Vital statistics of India. Vol. IV, Annual returns from 1871 to 1876. British Army of India, Native Army and jails of Bengal
Year: 1871
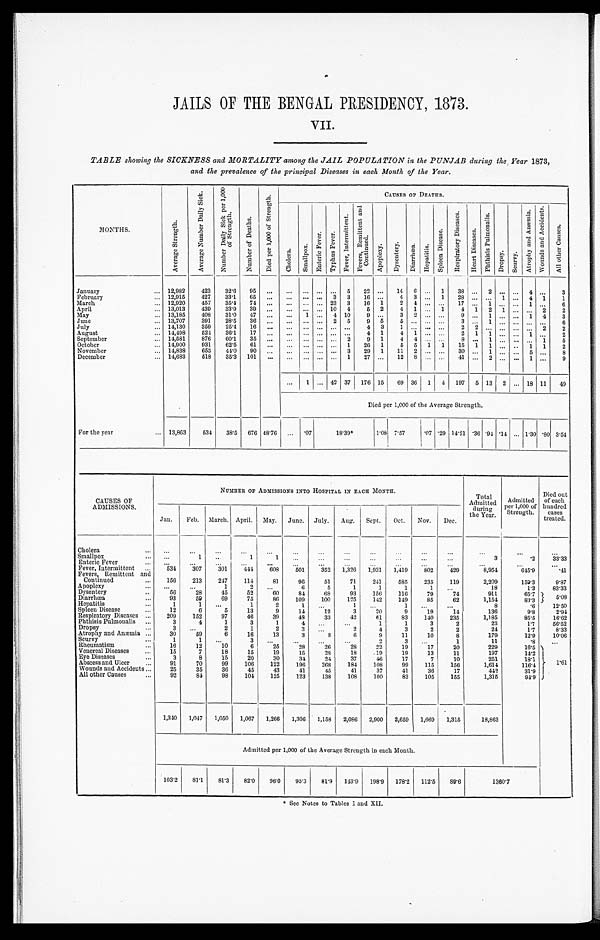
JAILS OF THE BENGAL PRESIDENCY, 1873.
VII.
TABLE showing the SICKNESS and MORTALITY among the JAIL POPULATION in the PUNJAB during the Year 1873,
and the prevalence of the principal Diseases in each Month of the Year.
MONTHS.
A v e r a g e S t r e n g t h .
A v e r a g e N u m b e r D a i l y S i c k .
N u m b e r D a i l y S i c k p e r 1 , 0 0 0 o f S t r e n g t h .
N u m b e r o f D e a t h s .
D i e d p e r 1 , 0 0 0 o f S t r e n g t h .
CAUSES OF DEATHS.
C h o l e r a .
S m a l l p o x .
E n t e r i c F e v e r . T y p h u s F e v e r .
F e v e r , I n t e r m i t t e n t .
F e v e r s , R e m i t t e n t a n d C o n t i n u e d .
A p o p l e x y .
D y s e n t e r y . D i a r r h œ a . H e p a t i t i s .
S p l e e n D i s e a s e . R e s p i r a t o r y D i s e a s e s .
H e a r t D i s e a s e s .
P h t h i s i s P u l m o n a l i s .
D r o p s y . S c u r v y .
A t r o p h y a n d A n æ m i a . W o u n d s a n d A c c i d e n t s .
A l l o t h e r C a u s e s .
January ...
12,982 423 32.6 95 . . . . . .
. . . . . . . . . 5 22 ... 14 6 . . . 1 38 . . . 2 . . . . . . 4 . . . 3
12,915 427 33.1 65 . . . . . .
. . . . . . 3 3 16 ... 4 3 . . . 1 28 . . . . . . 1 . . . 4 1 1
February ...
March ...
12,920 457 35.4 74 . . . . . .
. . . . . . 23 3 16 1 2 4 . . . . . . 17 . . . 1 . . . . . . 1 . . . 6
April ...
13,013 439 33.9 39 . . . . . .
. . . . . . 10 4
5 2 4 1 . . . 1 4 1 2 1 . . . . . . 2 2
May ...
13,185 408 31.0 47 . . . . . . 1 . . . 4 10 9 ... 3 2 . . . . . . 9 . . . 1 . . . . . . 1 4 3
June ...
13,707 391 28.5 36 . . . . . .
. . . . . . 2 5 9 5 5 . . . . . . . . .
3 . . . 1 . . . . . . . . . . . . 6
July ...
14,130 359 25.4 16 . . .
. . . . . . . . . . . . . . . 4 3
1 . . . . . . . . . 2 2 . . . . . . . . . . . . 2 2
August ...
14,498 524 36.1 17 . . . . . .
. . . . . . . . . . . . 4 1 4 1 . . . . . . 2 1 1 . . . . . . 1 . . . 2
14,581 876 60.1 35 . . . . . .
. . . . . . . . . 2 9 1 4 4
. . . . . . 8 . . . 1 . . . . . . . . . 1 5
September ...
14,900 931 62.5 61 . . . . . .
. . . . . . . . . 1 26 1 5 5 1 1 15 1 1 . . . . . . 1 1 2
October ...
November ...
14,838 653 44.0 90 . . . . . .
. . . . . . . . . 3 29 1 11 2 . . . . . . 30 . . . 1 . . . . . . 5 . . .
8
December ...
14,683 518 35.3 101 . . . . . .
. . . . . . . . . 1 27 ... 12 8 . . . . . . 41 . . . 2 . . . . . . 1 . . .
9
. . . 1 . . . 42 37 176 15 69 36 1 4 197 5 13 2 . . . 18 11 49
Died per 1,000 of the Average Strength.
For the year ...
13,863 534 38.5 676 48.76 . . . .07
1 8 . 3 9 *
1.08 7.57
.07 .29 14.21 .36 .94 .14 . . . 1.30 .80 3. 54
CAUSES OF
ADMISSIONS.
NUMBER OF ADMISSIONS INTO HOSPITAL IN EACH MONTH.
Total
Admitted dur i ng t he Year .
Admitted
per 1,000 of
Strength.
Died out
of each
hundred
cases
treated.
Jan. Feb. March. April. May. June. July. Aug. Sept. Oct. Nov. Dec.
Cholera ...
. . .
. . . . . .
. . .
. . .
. . .
. . .
. . . . . .
. . .
. . .
. . .
. . .
. . .
. . .
Smallpox ...
. . .
1
. . .
1
1
. . .
. . .
. . .
. . .
. . .
. . .
. . .
3
.2 33.33
Enteric Fever ...
. . .
. . .
. . .
. . .
. . .
. . .
. . .
. . .
. . .
. . .
. . .
. . .
. . .
. . .
. . .
Fever, Intermittent ...
534 307 301 444 608 501 352 1,326 1,931 1,419 802 429
8,954
645.9
.41
Fevers, Remittent and
Continued ...
156 213 247 114
81
96
51
71 241 585 235 119
2,209
159.3
9.87
Apoplexy ...
. . .
. . .
1
2
. . .
6
5
1
1
1
1
. . .
18
1.3 83.33
Dysentery ...
56
28
45
52
60
84
68
93 156 116
79
74
911
65.7
5.0 8
Diarrhœa ... 93
59
69
75
86 109 100 125 142 149
85
62
1,154
83.3
Hepatitis ...
1
1
. . .
1
2
1
. . .
1
. . .
1
. . .
. . .
8
.6
12.50
Spleen Disease ...
12
6
5
13
9
14
12
3
20
9
19
14
136
9.8
2.94
Respiratory Diseases ... 209 152
97
46
39
48 33
42
61
83 140 235
1,185
85.5 16.62
Phthisis Pulmonalis ...
3
4
1
3
1
4
. . . . . .
1
1
3
2
23
1.7 56.52
Dropsy ...
3
. . . 2
1
2
3
. . .
2
4
3
2
2
24
1.7
8.33
Atrophy and Anæmia ... 30
59
6
16
13
3
8
6
9
11
10
8
179
12.9 10.06
Scurvy ...
1
1
. . .
3
. . .
. . . . . .
. . .
2
3
. . . 1
11
.8
. . .
Rheumatism ...
16
12
10
6
25
28
26
28
22
19
17
20
229
16.5 1 . 6 1
Venereal Diseases ...
15
7
18
15
19
15
28
18
. 1 9 19
13
11
197
14.2
Eye Diseases ...
3
8
15
20
30
34 24
37
46
17
7
10
251
18.1
Abscess and Ulcer ...
91
70
99 106 122 196 268 184 108
99 115 156
1,614
116.4
Wounds and Accidents ... 25
35
36
45
43
41
45
41
37
41
36
17
442
31.9
All other Causes ...
92
84
98 104 125 123 138 108 100
83 105 155
1,315
94.9
1,340 1,047 1,050 1,067 1,266 1,306 1,158 2,086 2,900 2,659 1,669 1,315
18,863
Admitted per 1,000 of the Average Strength in each Month.
103.2 81.1 81.3 82.0 96.0 95.3 81.9 143.9 198.9 178.2 112.5 89.6
1 3 6 0 . 7